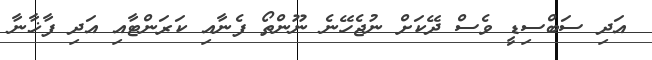
އަދި ސަބްސިޑީ ވެސް ދޭކަށް ނުޖެހޭނެ ނޫންތޯ ފެނާއި ކަރަންޓާއި އަދި ފާޚާނާ